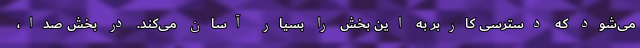
می‌شود که دسترسی کاربر به این بخش را بسیار آسان می‌کند. در بخش صدا،